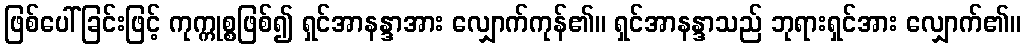
ဖြစ်ပေါ်ခြင်းဖြင့် ကုက္ကုစ္စဖြစ်၍ ရှင်အာနန္ဒာအား လျှောက်ကုန်၏။ ရှင်အာနန္ဒာသည် ဘုရားရှင်အား လျှောက်၏။